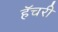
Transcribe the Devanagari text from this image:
हॅचरी